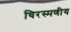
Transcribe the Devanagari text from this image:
चिरस्मणीय